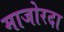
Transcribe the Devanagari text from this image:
माजोरदा